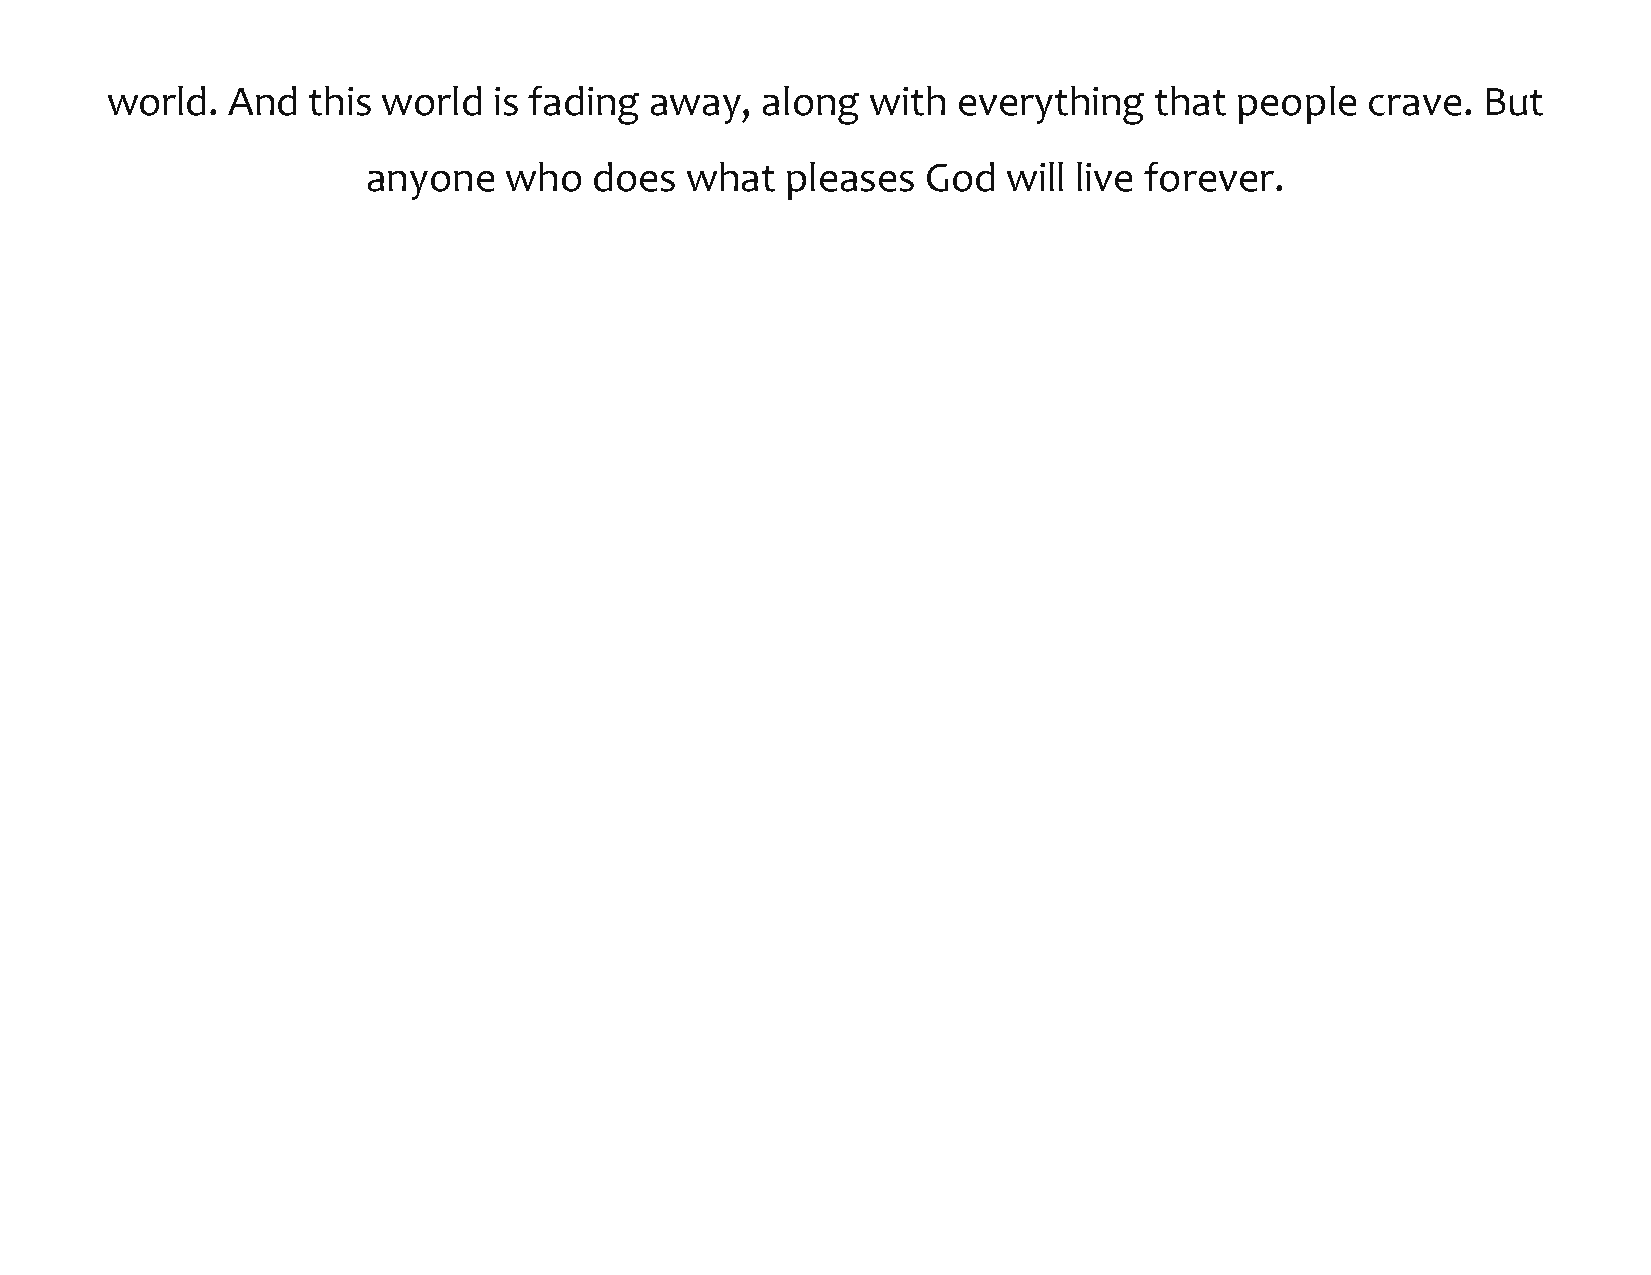
world.  And  this world   is fading away,  along   with everything   that  people  crave.  But
 anyone   who   does  what   pleases  God   will live forever.